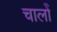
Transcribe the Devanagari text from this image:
चालोँ